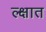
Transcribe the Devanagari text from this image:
ल्क्षात